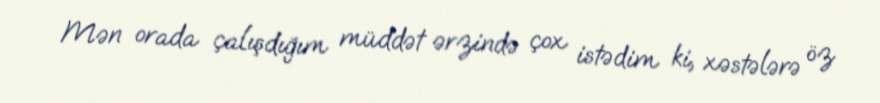
Mən orada çalışdığım müddət ərzində çox istədim ki, xəstələrə öz